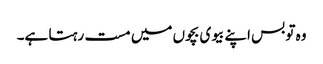
وہ تو بس اپنے بیوی بچوں میں مست رہتا ہے۔